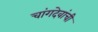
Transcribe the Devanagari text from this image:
चांगदेवांची